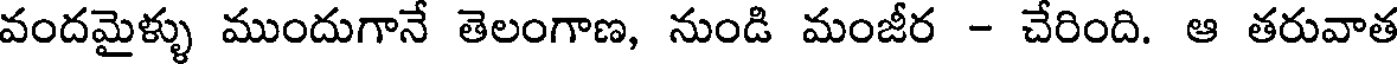
వందమైళ్ళు ముందుగానే తెలంగాణ, నుండి మంజీర - చేరింది. ఆ తరువాత